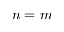
n = m